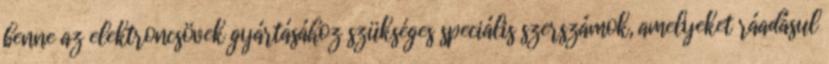
benne az elektroncsövek gyártásához szükséges speciális szerszámok, amelyeket ráadásul